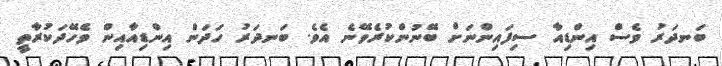
ބަނދަރު ވެސް އިންޑިއާ ސިފައިންނަށް ބޭނުންކުރެވޭނެ އެވެ. ބަނދަރު ހަދަން އިންޑިއާއިން ވެހޭދަކުރާތީ